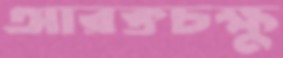
আরক্তচক্ষু